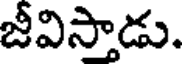
జీవిస్తాడు.